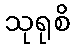
သုရုစိ